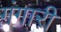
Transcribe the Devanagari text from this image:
गंगारी